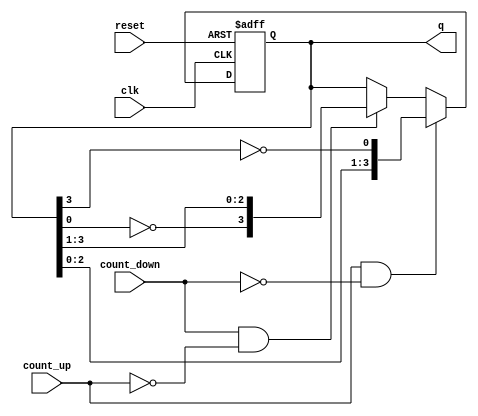
module bidirectional_johnson_counter (
    input wire clk,           // Clock signal
    input wire reset,         // Reset signal
    input wire count_up,      // Control signal to count up
    input wire count_down,    // Control signal to count down
    output reg [N-1:0] q      // Counter output
);
    parameter N = 4; // Number of flip-flops (adjust as needed)

    // Internal signal for next state
    reg [N-1:0] next_state;

    always @(posedge clk or posedge reset) begin
        if (reset) begin
            q <= 0; // Reset the counter to 0
        end else begin
            q <= next_state; // Update the counter state
        end
    end

    always @(*) begin
        // Default next state to current state
        next_state = q;

        if (count_up && !count_down) begin
            // Johnson Counter logic for counting up
            next_state = {q[N-2:0], ~q[N-1]}; // Shift left and invert last bit
        end else if (count_down && !count_up) begin
            // Johnson Counter logic for counting down
            next_state = {~q[0], q[N-1:1]}; // Invert first bit and shift right
        end
        // If both count_up and count_down are high, do nothing
    end
endmodule